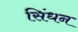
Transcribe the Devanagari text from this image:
सिंधन